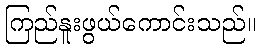
ကြည်နူးဖွယ်ကောင်းသည်။